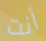
أنت